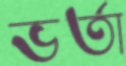
ভর্তা